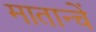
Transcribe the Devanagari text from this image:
मातान्चें